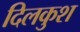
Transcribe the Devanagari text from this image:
दिलकुश